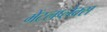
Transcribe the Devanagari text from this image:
मेंटलप्लेक्स